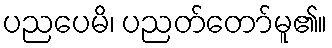
ပညပေမိ၊ ပညတ်တော်မူ၏။